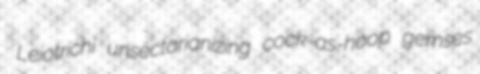
Leiotrichi unsectarianizing cock-as-hoop gemses